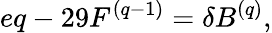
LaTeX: eq-29F^{(q-1)}=\delta B^{(q)},